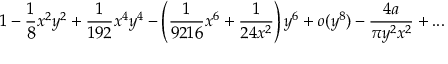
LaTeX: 1 - \frac { 1 } { 8 } x ^ { 2 } y ^ { 2 } + \frac { 1 } { 1 9 2 } x ^ { 4 } y ^ { 4 } - \left( \frac { 1 } { 9 2 1 6 } x ^ { 6 } + \frac { 1 } { 2 4 x ^ { 2 } } \right) y ^ { 6 } + o ( y ^ { 8 } ) - \frac { 4 a } { \pi y ^ { 2 } x ^ { 2 } } + . . .